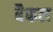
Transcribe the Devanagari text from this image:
बैफल